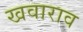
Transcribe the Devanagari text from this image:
खवाराव